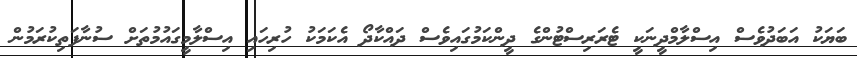
ބަޔަކު އަބަދުވެސް އިސްލާމްދީނަކީ ޓެރަރިސްޓުންގެ ދީންކަމުގައިވެސް ދައްކާދޯ އެކަމަކު ހުރިހައި އިސްލާމީގައުމުތަށް ސުނާފަތިކުރަމުން